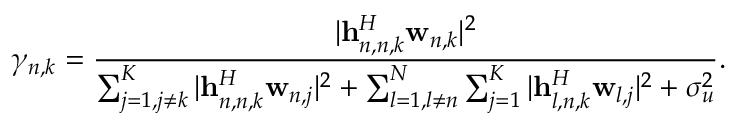
\gamma _ { n , k } = \frac { | \mathbf { h } _ { n , n , k } ^ { H } \mathbf { w } _ { n , k } | ^ { 2 } } { \sum _ { j = 1 , j \neq k } ^ { K } | \mathbf { h } _ { n , n , k } ^ { H } \mathbf { w } _ { n , j } | ^ { 2 } + \sum _ { l = 1 , l \neq n } ^ { N } \sum _ { j = 1 } ^ { K } | \mathbf { h } _ { l , n , k } ^ { H } \mathbf { w } _ { l , j } | ^ { 2 } + \sigma _ { u } ^ { 2 } } .